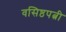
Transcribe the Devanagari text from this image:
वसिष्ठपत्नी